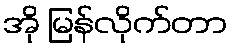
အို မြန်လိုက်တာ